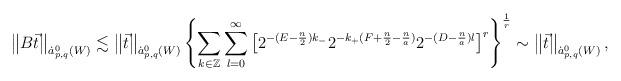
LaTeX: \begin{align*}\left\|B\vec{t}\right\|_{\dot a^0_{p,q}(W)}\lesssim\left\|\vec{t}\right\|_{\dot a^0_{p,q}(W)}\left\{\sum_{k\in\mathbb{Z}}\sum_{l=0}^\infty\left[2^{-(E-\frac{n}{2})k_-}2^{-k_+(F+\frac{n}{2}-\frac{n}{a})}2^{-(D-\frac{n}{a})l}\right]^r \right\}^{\frac{1}{r}}\sim\left\|\vec{t}\right\|_{\dot a^0_{p,q}(W)},\end{align*}